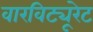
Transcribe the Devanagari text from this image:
वारविट्यूरेट